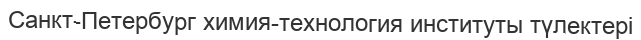
Санкт-Петербург химия-технология институты түлектері